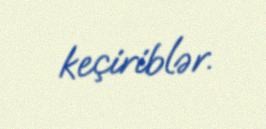
keçiriblər.